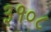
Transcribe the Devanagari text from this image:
३१०८